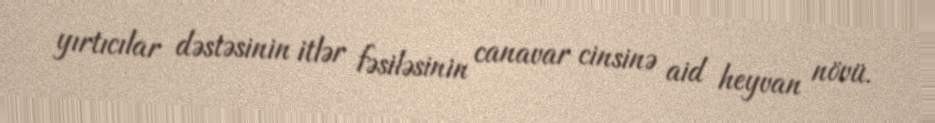
yırtıcılar dəstəsinin i̇tlər fəsiləsinin canavar cinsinə aid heyvan növü.